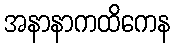
အနာနာကထိကေန